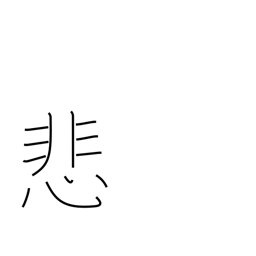
Meaning: deplore